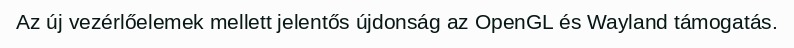
Az új vezérlőelemek mellett jelentős újdonság az OpenGL és Wayland támogatás.